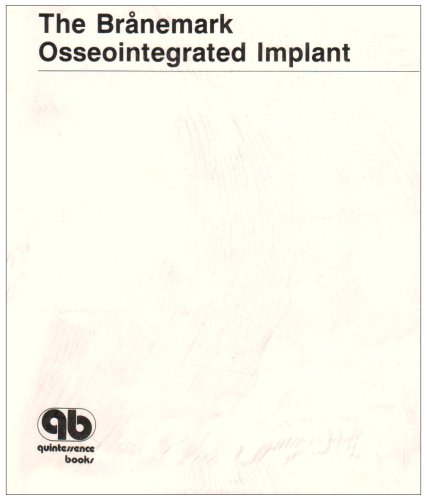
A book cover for Branemark Osseointegrated Implant; Tomas Ed Albrektsson; Medical Books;